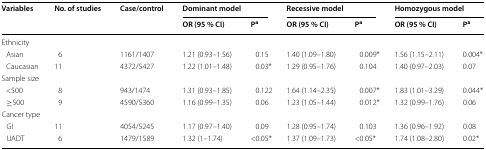
| <ROWSPAN=2> Variables | <ROWSPAN=2> No. of studies | <ROWSPAN=2> Case/control | <COLSPAN=2> Dominant model | <COLSPAN=2> Recessive model | <COLSPAN=2> Homozygous model |
 | OR (95 % CI) | Pa | OR (95 % CI) | Pa | OR (95 % CI) | Pa |
 | --- | --- | --- | --- | --- | --- | --- | --- | --- |
 | <COLSPAN=9> Ethnicity |
 | Asian | 6 | 1161/1407 | 1.21 (0.93–1.56) | 0.15 | 1.40 (1.09–1.80) | 0.009* | 1.56 (1.15–2.11) | 0.004* |
 | Caucasian | 11 | 4372/5427 | 1.22 (1.01–1.48) | 0.03* | 1.29 (0.95–1.76) | 0.104 | 1.40 (0.97–2.03) | 0.07 |
 | <COLSPAN=9> Sample size |
 | <500 | 8 | 943/1474 | 1.31 (0.93–1.85) | 0.122 | 1.64 (1.14–2.35) | 0.007* | 1.83 (1.01–3.29) | 0.044* |
 | ≥500 | 9 | 4590/5360 | 1.16 (0.99–1.35) | 0.06 | 1.23 (1.05–1.44) | 0.012* | 1.32 (0.99–1.76) | 0.06 |
 | <COLSPAN=9> Cancer type |
 | GI | 11 | 4054/5245 | 1.17 (0.97–1.40) | 0.09 | 1.28 (0.95–1.74) | 0.103 | 1.36 (0.96–1.92) | 0.08 |
 | UADT | 6 | 1479/1589 | 1.32 (1–1.74) | <0.05* | 1.37 (1.09–1.73) | <0.05* | 1.74 (1.08–2.80) | 0.02* |